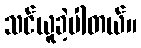
သင်ယူခဲ့ပါတယ်။